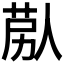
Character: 𦯴